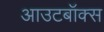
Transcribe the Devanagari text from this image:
आउटबॉक्स